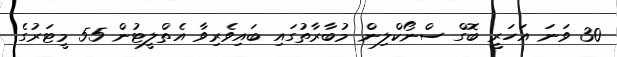
30 ވަނަ އަހަރީ ބޮގް ސްނޯކްލިން މުބާރާތުގައި ބައިވެރިވާ އެތްލީޓުން 55 މީޓަރުގެ